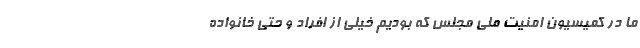
ما در کمیسیون امنیت ملی مجلس که بودیم خیلی از افراد و حتی خانواده